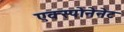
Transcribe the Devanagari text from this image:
एक्स्पोनेनेट